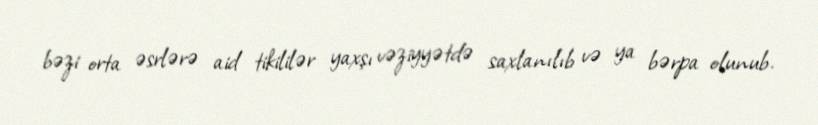
bəzi orta əsrlərə aid tikililər yaxşı vəziyyətdə saxlanılıb və ya bərpa olunub.